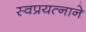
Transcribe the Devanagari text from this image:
स्वप्रयत्नाने